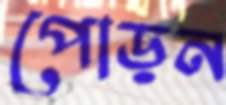
পোড়ন